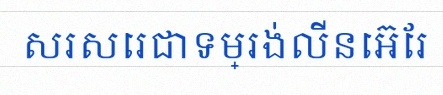
សរសេរជាទម្រង់លីនេអ៊ែរ